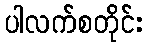
ပါလက်စတိုင်း